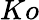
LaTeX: Ko